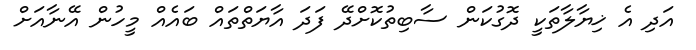
އަދި އެ ޚިޔާލާތަކީ ދޮގުކަން ސާބިތުކޮށްދޭ ފަދަ އާޔަތްތައް ބައެއް މީހުން އޭނާއަށް